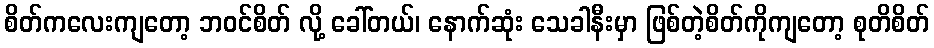
စိတ်ကလေးကျတော့ ဘဝင်စိတ် လို့ ခေါ်တယ်၊ နောက်ဆုံး သေခါနီးမှာ ဖြစ်တဲ့စိတ်ကိုကျတော့ စုတိစိတ်